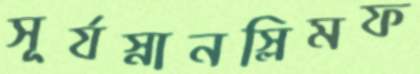
সূর্যস্নানস্লিমফ